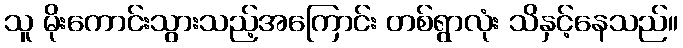
သူ မိုးကောင်းသွားသည့်အကြောင်း တစ်ရွာလုံး သိနှင့်နေသည်။